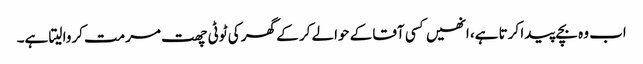
اب وہ بچے پیدا کرتا ہے، انھیں کسی آقا کے حوالے کر کے گھر کی ٹوٹی چھت مرمت کروا لیتا ہے۔